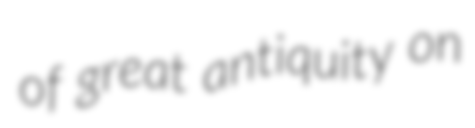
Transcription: of great antiquity on